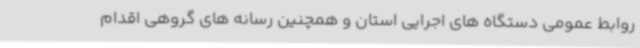
روابط عمومی دستگاه های اجرایی استان و همچنین رسانه های گروهی اقدام